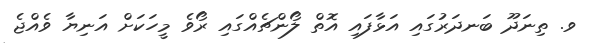
ވ. ތިނަދޫ ބަނދަރުގައި އަޅާފައި އޮތް ލޯންޗެއްގައި ރޯވެ މީހަކަށް އަނިޔާ ވެއްޖެ